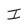
Character: I